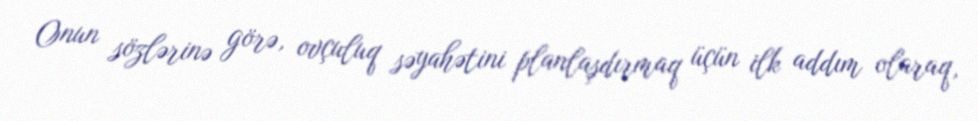
Onun sözlərinə görə, ovçuluq səyahətini planlaşdırmaq üçün ilk addım olaraq,